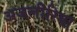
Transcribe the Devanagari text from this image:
अजलीरिया